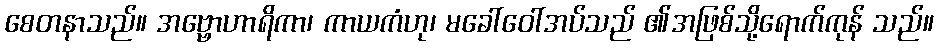
စေတနာသည်။ အဗ္ဗောဟာရိကာ၊ ကာယကံဟု၊ မခေါ်ဝေါ်အပ်သည် ၏အဖြစ်သို့ရောက်ကုန် သည်။